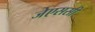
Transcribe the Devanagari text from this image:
जेएससी